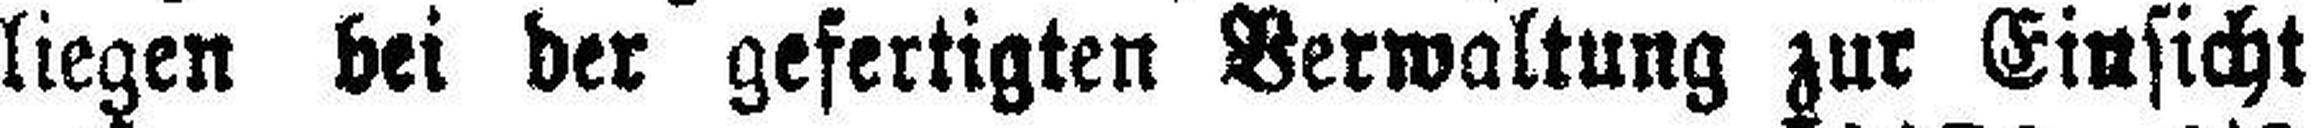
liegen bei der gefertigten Verwaltung zur Einsicht